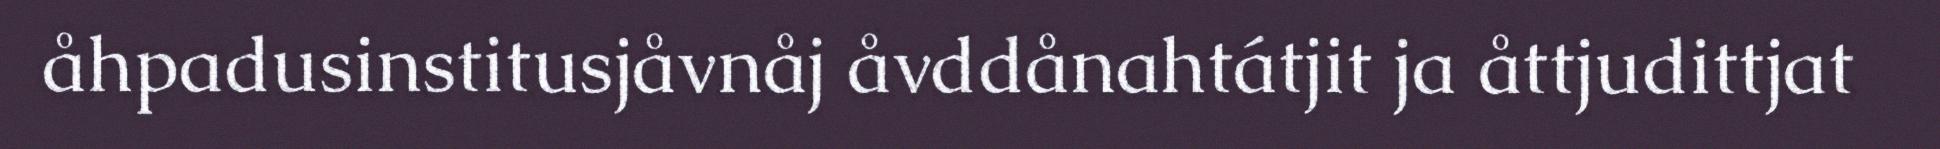
åhpadusinstitusjåvnåj åvddånahtátjit ja åttjudittjat